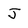
Character: J